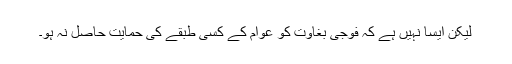
لیکن ایسا نہیں ہے کہ فوجی بغاوت کو عوام کے کسی طبقے کی حمایت حاصل نہ ہو۔